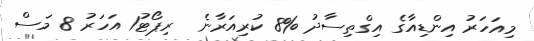
މިއަހަރު އިންޑިއާގެ އިގްތިސާދު %8 ކުރިއަރާނެ  ރިޕޯޓު1 އަހަރު 8 މަސް